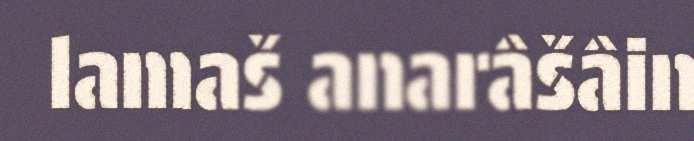
lamaš anarâšâin